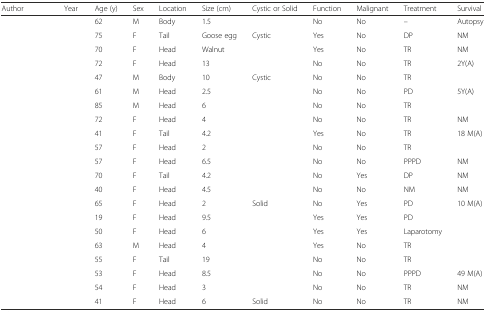
<table><thead><tr><td><b>Author</b></td><td><b>Year</b></td><td><b>Age (y)</b></td><td><b>Sex</b></td><td><b>Location</b></td><td><b>Size (cm)</b></td><td><b>Cystic or Solid</b></td><td><b>Function</b></td><td><b>Malignant</b></td><td><b>Treatment</b></td><td><b>Survival</b></td></tr></thead><tbody><tr><td>[EMPTY_CELL]</td><td>[EMPTY_CELL]</td><td>62</td><td>M</td><td>Body</td><td>1.5</td><td>[EMPTY_CELL]</td><td>No</td><td>No</td><td>–</td><td>Autopsy</td></tr><tr><td>[EMPTY_CELL]</td><td>[EMPTY_CELL]</td><td>75</td><td>F</td><td>Tail</td><td>Goose egg</td><td>Cystic</td><td>Yes</td><td>No</td><td>DP</td><td>NM</td></tr><tr><td>[EMPTY_CELL]</td><td>[EMPTY_CELL]</td><td>70</td><td>F</td><td>Head</td><td>Walnut</td><td>[EMPTY_CELL]</td><td>Yes</td><td>No</td><td>TR</td><td>NM</td></tr><tr><td>[EMPTY_CELL]</td><td>[EMPTY_CELL]</td><td>72</td><td>F</td><td>Head</td><td>13</td><td>[EMPTY_CELL]</td><td>No</td><td>No</td><td>TR</td><td>2Y(A)</td></tr><tr><td>[EMPTY_CELL]</td><td>[EMPTY_CELL]</td><td>47</td><td>M</td><td>Body</td><td>10</td><td>Cystic</td><td>No</td><td>No</td><td>TR</td><td>[EMPTY_CELL]</td></tr><tr><td>[EMPTY_CELL]</td><td>[EMPTY_CELL]</td><td>61</td><td>M</td><td>Head</td><td>2.5</td><td>[EMPTY_CELL]</td><td>No</td><td>No</td><td>PD</td><td>5Y(A)</td></tr><tr><td>[EMPTY_CELL]</td><td>[EMPTY_CELL]</td><td>85</td><td>M</td><td>Head</td><td>6</td><td>[EMPTY_CELL]</td><td>No</td><td>No</td><td>TR</td><td>[EMPTY_CELL]</td></tr><tr><td>[EMPTY_CELL]</td><td>[EMPTY_CELL]</td><td>72</td><td>F</td><td>Head</td><td>4</td><td>[EMPTY_CELL]</td><td>No</td><td>No</td><td>TR</td><td>NM</td></tr><tr><td>[EMPTY_CELL]</td><td>[EMPTY_CELL]</td><td>41</td><td>F</td><td>Tail</td><td>4.2</td><td>[EMPTY_CELL]</td><td>Yes</td><td>No</td><td>TR</td><td>18 M(A)</td></tr><tr><td>[EMPTY_CELL]</td><td>[EMPTY_CELL]</td><td>57</td><td>F</td><td>Head</td><td>2</td><td>[EMPTY_CELL]</td><td>No</td><td>No</td><td>TR</td><td>[EMPTY_CELL]</td></tr><tr><td>[EMPTY_CELL]</td><td>[EMPTY_CELL]</td><td>57</td><td>F</td><td>Head</td><td>6.5</td><td>[EMPTY_CELL]</td><td>No</td><td>No</td><td>PPPD</td><td>NM</td></tr><tr><td>[EMPTY_CELL]</td><td>[EMPTY_CELL]</td><td>70</td><td>F</td><td>Tail</td><td>4.2</td><td>[EMPTY_CELL]</td><td>No</td><td>Yes</td><td>DP</td><td>NM</td></tr><tr><td>[EMPTY_CELL]</td><td>[EMPTY_CELL]</td><td>40</td><td>F</td><td>Head</td><td>4.5</td><td>[EMPTY_CELL]</td><td>No</td><td>No</td><td>NM</td><td>NM</td></tr><tr><td>[EMPTY_CELL]</td><td>[EMPTY_CELL]</td><td>65</td><td>F</td><td>Head</td><td>2</td><td>Solid</td><td>No</td><td>Yes</td><td>PD</td><td>10 M(A)</td></tr><tr><td>[EMPTY_CELL]</td><td>[EMPTY_CELL]</td><td>19</td><td>F</td><td>Head</td><td>9.5</td><td>[EMPTY_CELL]</td><td>Yes</td><td>Yes</td><td>PD</td><td>[EMPTY_CELL]</td></tr><tr><td>[EMPTY_CELL]</td><td>[EMPTY_CELL]</td><td>50</td><td>F</td><td>Head</td><td>6</td><td>[EMPTY_CELL]</td><td>Yes</td><td>Yes</td><td>Laparotomy</td><td>[EMPTY_CELL]</td></tr><tr><td>[EMPTY_CELL]</td><td>[EMPTY_CELL]</td><td>63</td><td>M</td><td>Head</td><td>4</td><td>[EMPTY_CELL]</td><td>Yes</td><td>No</td><td>TR</td><td>[EMPTY_CELL]</td></tr><tr><td>[EMPTY_CELL]</td><td>[EMPTY_CELL]</td><td>55</td><td>F</td><td>Tail</td><td>19</td><td>[EMPTY_CELL]</td><td>No</td><td>No</td><td>TR</td><td>[EMPTY_CELL]</td></tr><tr><td>[EMPTY_CELL]</td><td>[EMPTY_CELL]</td><td>53</td><td>F</td><td>Head</td><td>8.5</td><td>[EMPTY_CELL]</td><td>No</td><td>No</td><td>PPPD</td><td>49 M(A)</td></tr><tr><td>[EMPTY_CELL]</td><td>[EMPTY_CELL]</td><td>54</td><td>F</td><td>Head</td><td>3</td><td>[EMPTY_CELL]</td><td>No</td><td>No</td><td>TR</td><td>NM</td></tr><tr><td>[EMPTY_CELL]</td><td>[EMPTY_CELL]</td><td>41</td><td>F</td><td>Head</td><td>6</td><td>Solid</td><td>No</td><td>No</td><td>TR</td><td>NM</td></tr></tbody></table>